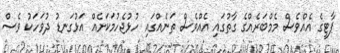
ޕާޓީގެ އެއްވެސް މެމްބަރެއްގެ ގާތުގައި އެއްވެސް ތަނެއްގައި ހުޅުޖެހުމަކަށެއް އަޅުގަނޑު ދުވަހަކު ވެސް